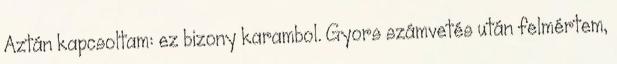
Aztán kapcsoltam: ez bizony karambol. Gyors számvetés után felmértem,